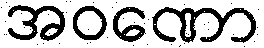
အဝဏော